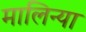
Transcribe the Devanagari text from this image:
मालिन्या